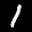
Label: 1